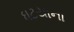
ઘટયાના